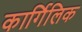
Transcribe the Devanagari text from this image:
कार्गिलिक